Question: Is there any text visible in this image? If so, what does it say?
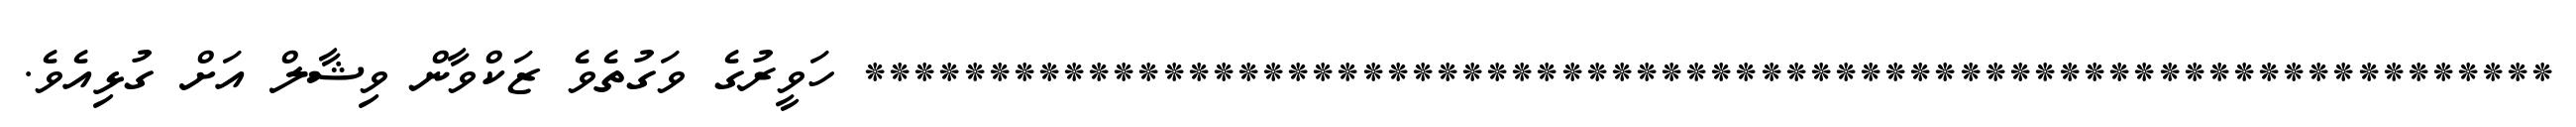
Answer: ******************************************************************** ހަވީރުގެ ވަގުތެވެ ޒަކްވާން ވިޝާލް އަށް ގުޅިއެވެ.